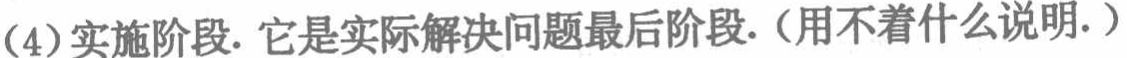
(4)实施阶段. 它是实际解决问题最后阶段.（用不着什么说明.）